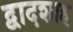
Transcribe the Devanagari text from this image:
द्वादशाह